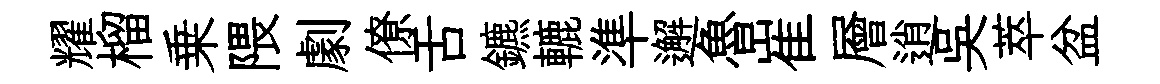
耀榴乗隈劇僚舌鑣轆準邂魯崔層逍吳萃盆